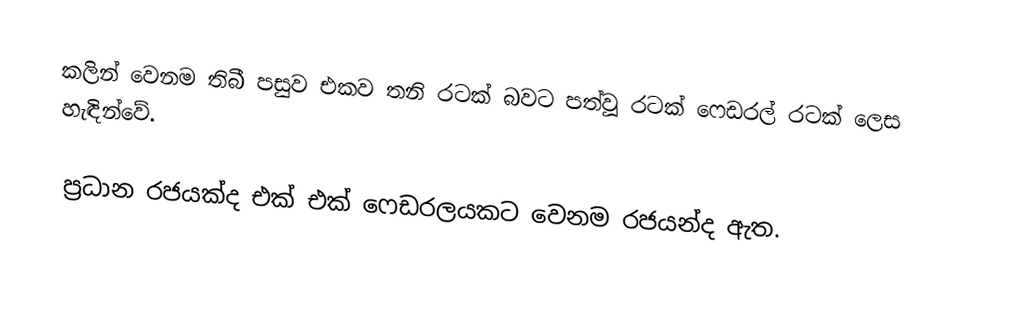
කලින් වෙනම තිබී පසුව එකව තනි රටක් බවට පත්වූ රටක් ‍ෆෙඩරල් රටක් ලෙස හැඳින්වේ.

ප්‍රධාන රජයක්ද එක් එක් ෆෙඩරලයකට වෙනම රජයන්ද ඇත.